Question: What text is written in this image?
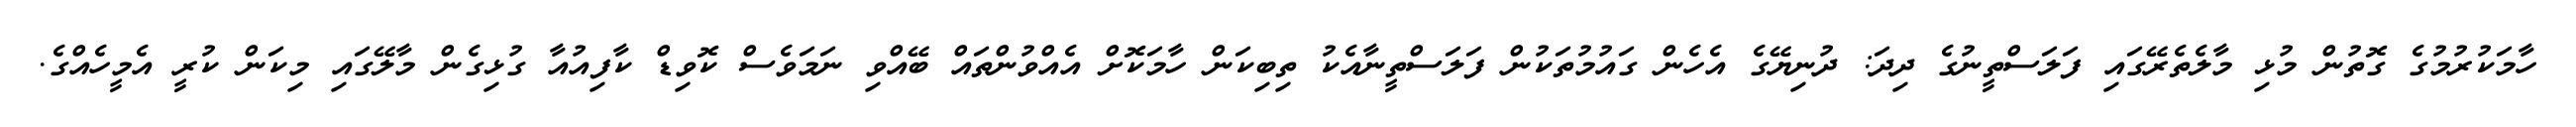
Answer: ހާމަކުރުމުގެ ގޮތުން މުޅި މާލެތެރޭގައި ފަލަސްތީނުގެ ދިދަ: ދުނިޔޭގެ އެހެން ގައުމުތަކުން ފަލަސްތީނާއެކު ތިބިކަން ހާމަކޮށް އެއްވުންތައް ބޭއްވި ނަމަވެސް ކޮވިޑް ކާފިއުއާ ގުޅިގެން މާލޭގައި މިކަން ކުރީ އެމީހެއްގެ.